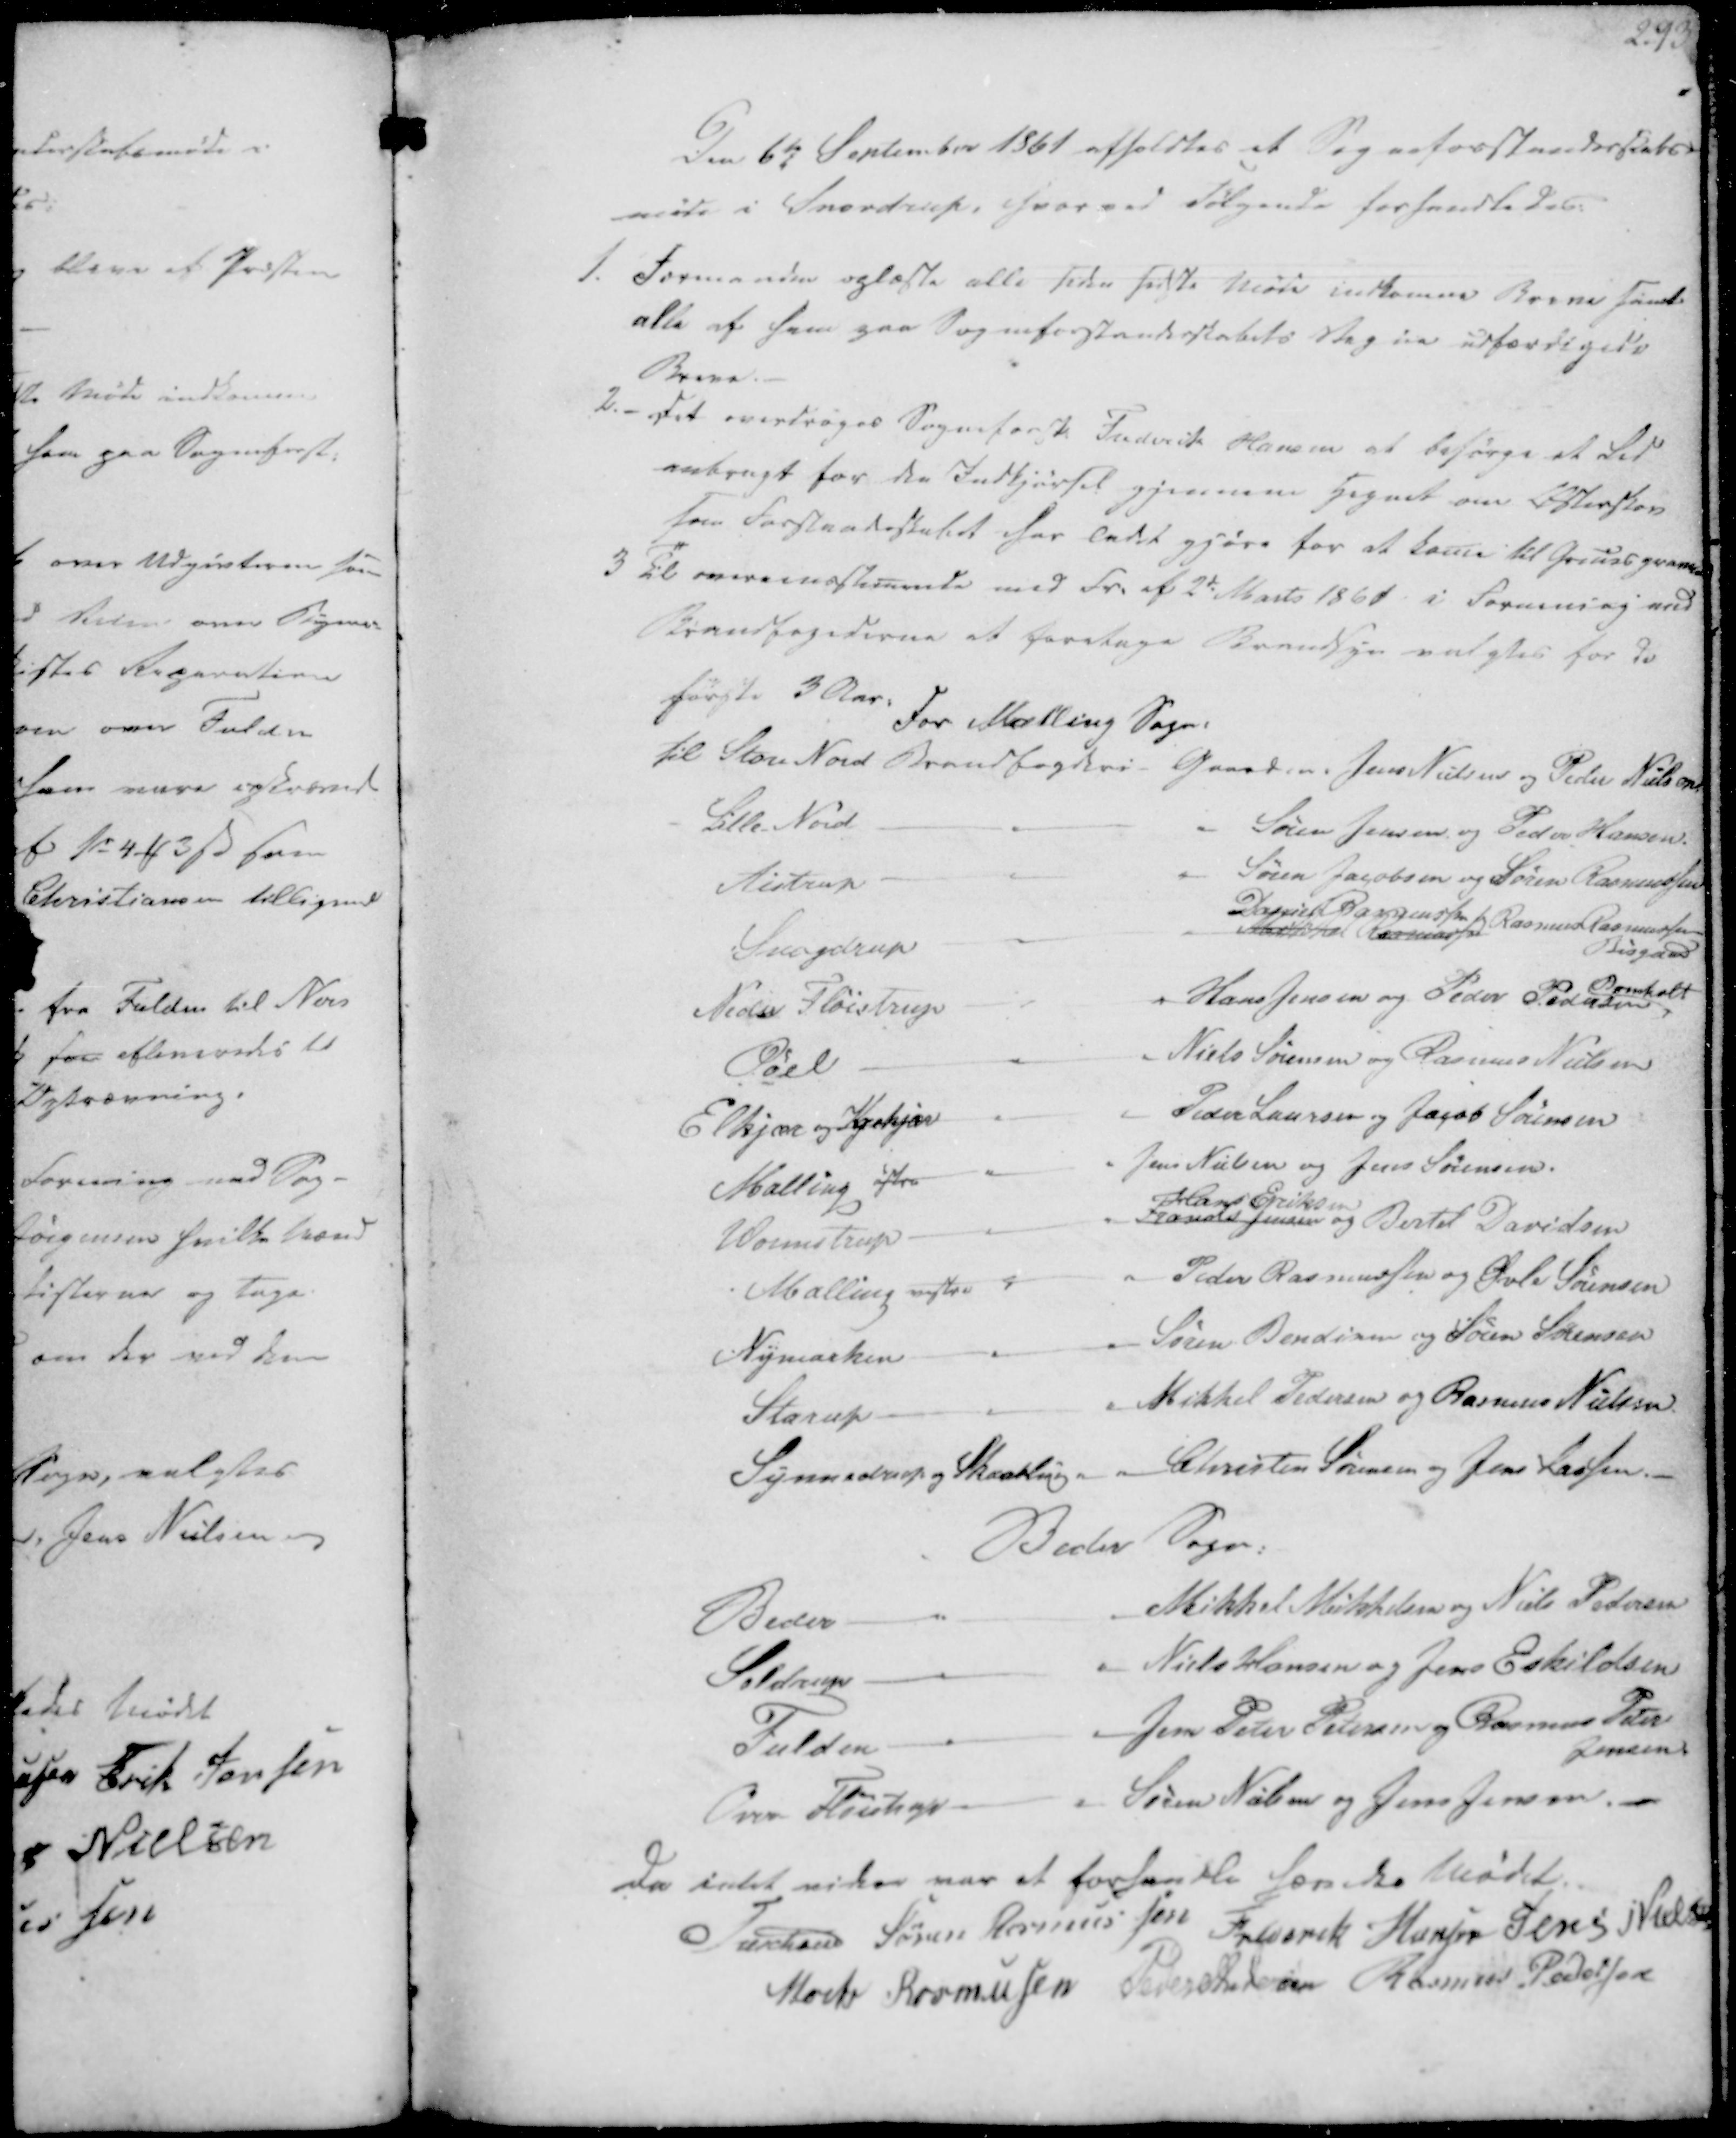
Transskription:
Den 6te September 1861 afholdtes et Sogneforstanderskabs-
møde i Snovdrup, hvorved følgende forhandledes:

1. Formanden oplæste alle siden sidste Møde indkomne Breve samt
alle af ham paa Sogneforstanderskabets Vegne udfærdigede
Breve.
2. - Det overdroges Sogneforst. Frederik Hansen at besørge et Led
anbragt for den Indkjørsel gjennem Hegnet om Østerskov
som Forstanderskabet har ladet gjøre for at kome til Gruusgraven

3 Til overeensstemende med Fr. af 2de Marts 1861 i Foreening med
Brandfogederne at foretage Brandsyn valgtes for de
første 3 Aar.
For Malling Sogn:
til Stor Nord Brandfogderi - Gaardm. Jens Nielsen og Peder Nielsen
Lille Nird
Søren Jensen og Peder Hansen.
Aistrup
Søren Jacobsen og Søren Rasmussen
Snogdrup
Dappielt Rasmussen
Rasmus Rasmussen
Mikkel Rasmussen
Bisgaard
Neder Fløistrup
Hans Jensen og Peder Pedersen
Bomholt
Pøel
Niels Sørensen og Rasmus Nielsen
Elkjær og Krekjær
- Peder Laursen og Jacob Sørensen
Malling østre
Jens Nielsen og Jens Sørensen.
Wormstrup
Frands Jensen
Hans Eriksen
og Bertel Davidsen
Malling vestre
Peder Rasmussen og Øvle Sørensen
Nymarken
Søren Bendixen og Søren Sørensen
Starup
Mikkel Pedersen og Rasmus Nielsen.
Synnedrup og Skaabling
Christen Sørensen og Jens Lassen.
Beder Sogn:
Beder
Mikkel Mikkelsen og Niels Pedersen
Seldrup
"- Niels Hansen og Jens Eskildsen
Fulden
- Jens Peter Petersen og Rasmus Peter
Jensen
Over Fløistrup
Søren Nielsen og Jens Jensen.-

Da intet videre var at forhandle hævedes Mødet.
Treschov
Søren Rasmussen
Frederik Hansen
Jens Nielsen
Mads Rasmussen
Peder Andersen
Rasmus Pedersen